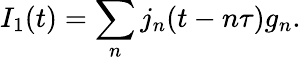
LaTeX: {I_{1}(t)=\sum_{n}j_{n}(t-n\tau)g_{n}}.